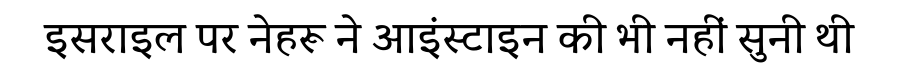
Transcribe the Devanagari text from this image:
इसराइल पर नेहरू ने आइंस्टाइन की भी नहीं सुनी थी